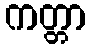
ကတ္တာ